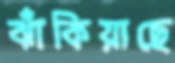
ঝাঁকিয়াছে